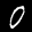
Label: 0